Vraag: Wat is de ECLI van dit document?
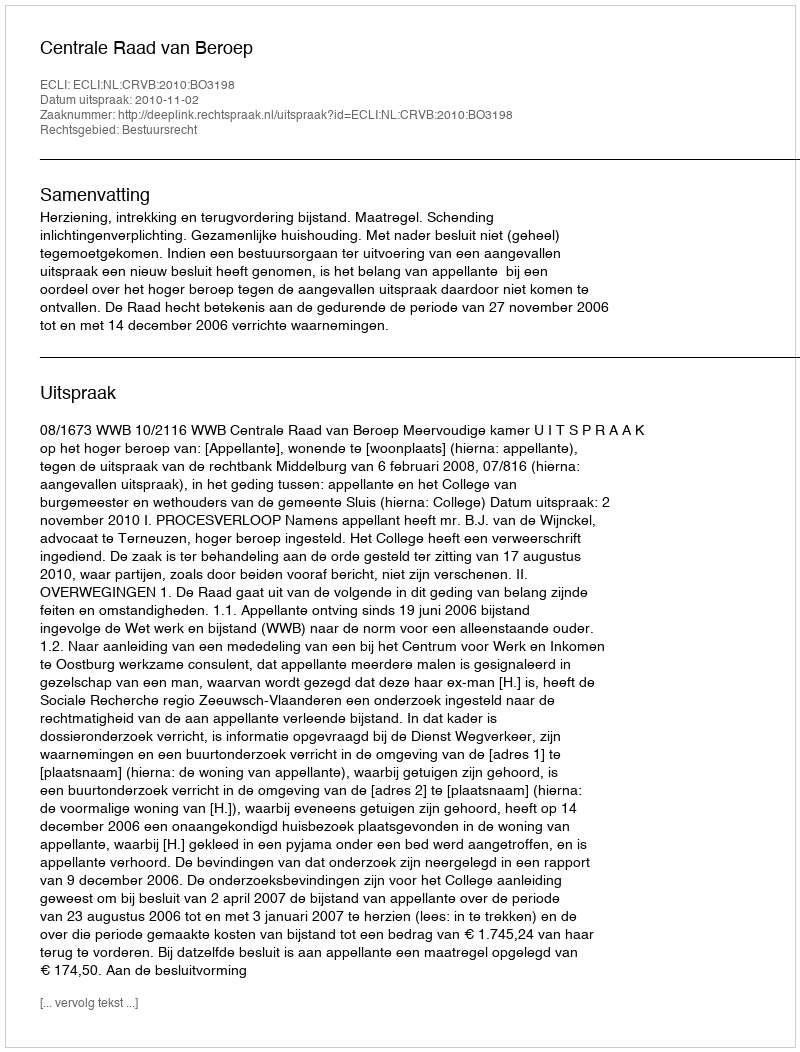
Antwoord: ECLI:NL:CRVB:2010:BO3198